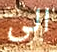
الى